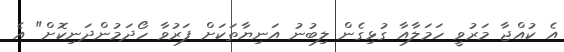
އެ ކުއްޖާ މަރުވީ ހަމަލާއާ ގުޅިގެން ލިބުނު އަނިޔާތަކަށް ފަރުވާ ހޯދަމުންދަނިކޮށް" އެ